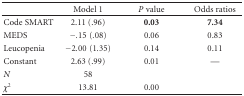
<table><thead><tr><td></td><td><b>Model 1</b></td><td><b><i>P</i> value</b></td><td><b>Odds ratios</b></td></tr></thead><tbody><tr><td>Code SMART</td><td>2.11 (.96)</td><td><b>0.03</b></td><td><b>7.34</b></td></tr><tr><td>MEDS</td><td>−.15(.08)</td><td>0.06</td><td>0.83</td></tr><tr><td>Leucopenia</td><td>−2.00(1.35)</td><td>0.14</td><td>0.11</td></tr><tr><td>Constant</td><td>2.63 (.99)</td><td>0.01</td><td>—</td></tr><tr><td><i>N</i></td><td>58</td><td></td><td></td></tr><tr><td><i>χ</i><sup>2</sup></td><td>13.81</td><td>0.00</td><td></td></tr></tbody></table>